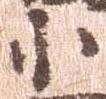
小